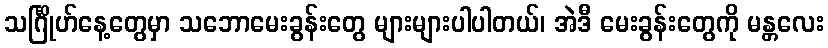
သင်္ဂြိုဟ်နေ့တွေမှာ သဘောမေးခွန်းတွေ များများပါပါတယ်၊ အဲဒီ မေးခွန်းတွေကို မန္တလေး